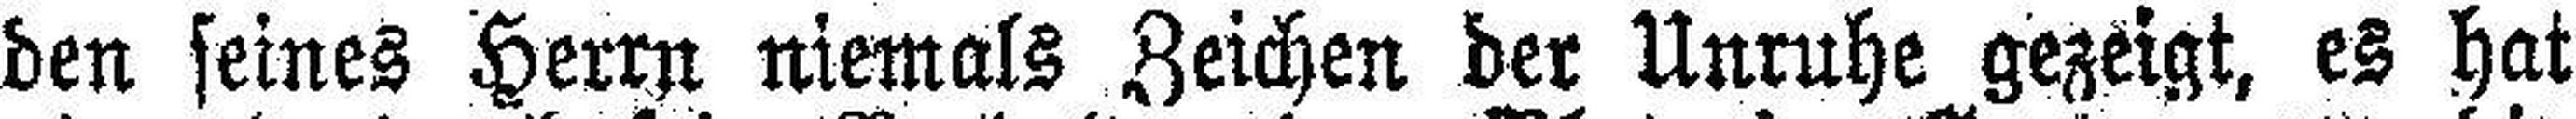
den seines Herrn niemals Zeichen der Unruhe gezeigt, es hat